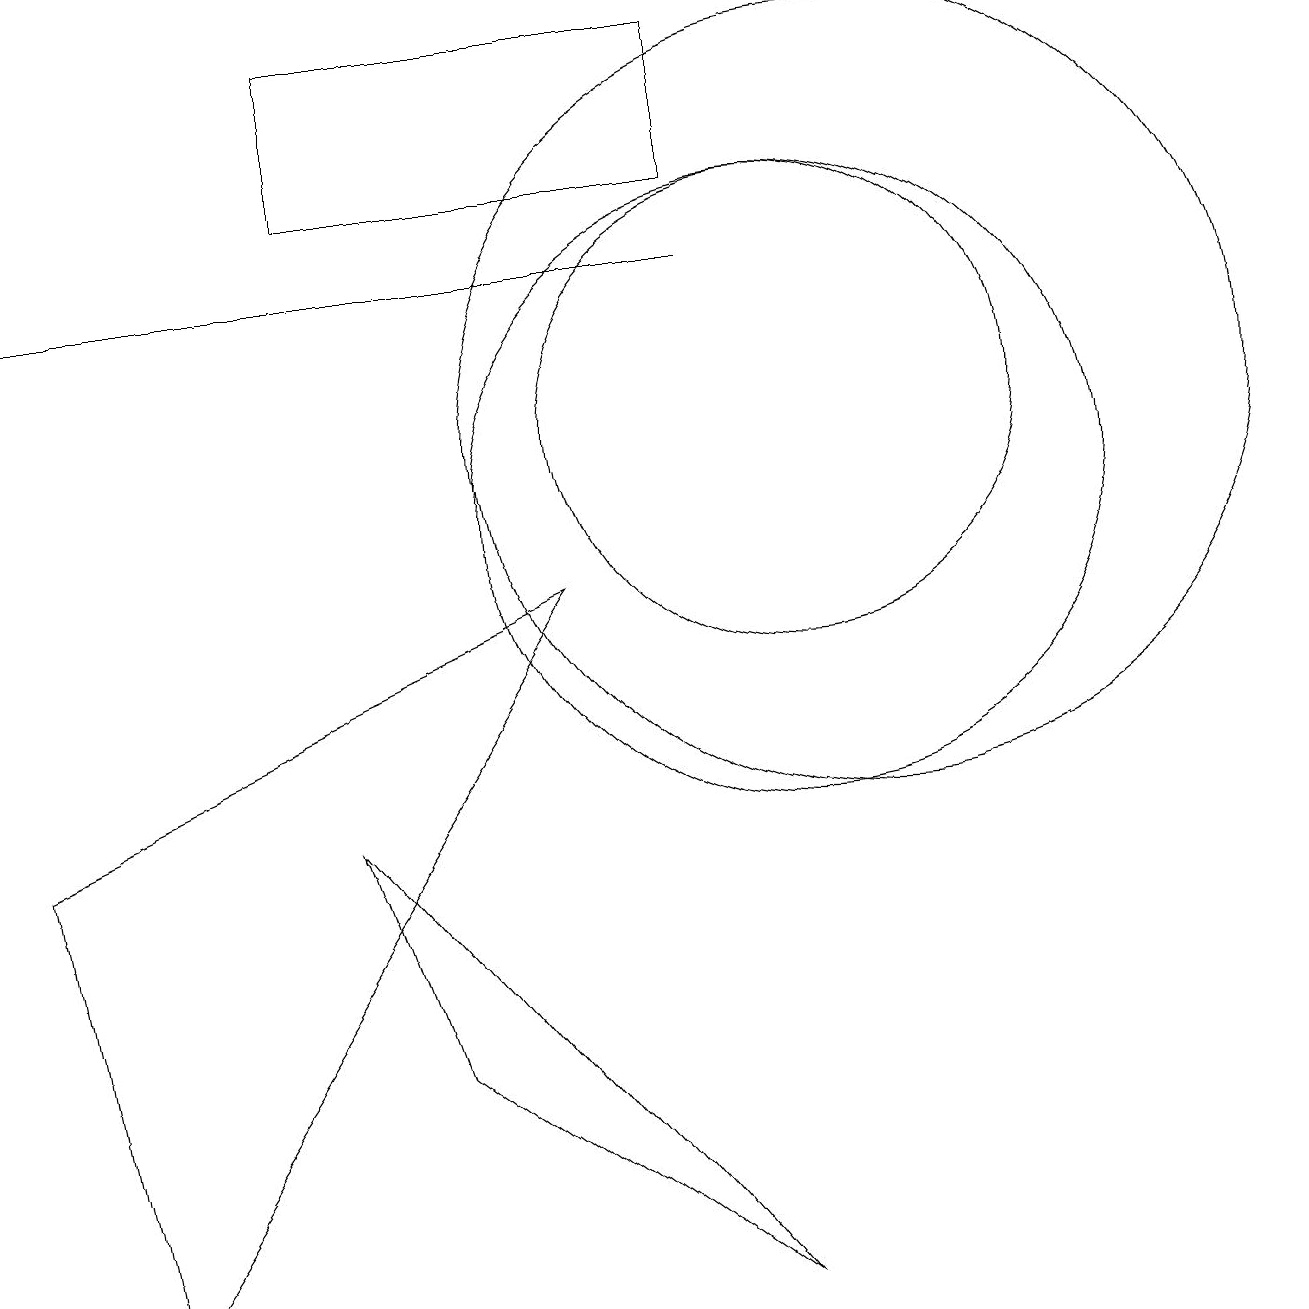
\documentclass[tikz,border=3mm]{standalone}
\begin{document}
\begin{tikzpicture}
\draw (10,11) circle (3);
\draw (9,13) rectangle (0,13);
\draw (7,9) -- (1,0) -- (0,6) -- cycle;
\draw (11,11) circle (5);
\draw (9,0) -- (5,3) -- (4,6) -- cycle;
\draw (10,10) circle (4);
\draw (9,14) rectangle (4,16);
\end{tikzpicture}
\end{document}